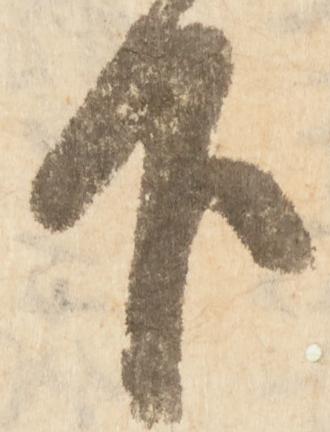
下